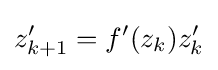
z'_{k+1}=f'(z_{k})z'_{k}